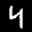
Label: 4